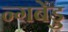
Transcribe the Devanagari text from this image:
न्गबेंडु